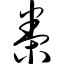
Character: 桊